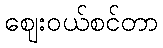
ဈေးဝယ်စင်တာ